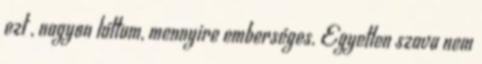
ezt , nagyon láttam, mennyire emberséges. Egyetlen szava nem